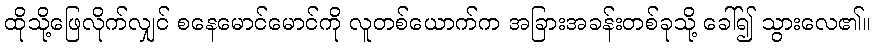
ထိုသို့ဖြေလိုက်လျှင် စနေမောင်မောင်ကို လူတစ်ယောက်က အခြားအခန်းတစ်ခုသို့ ခေါ်၍ သွားလေ၏။